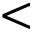
<